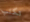
تكتب